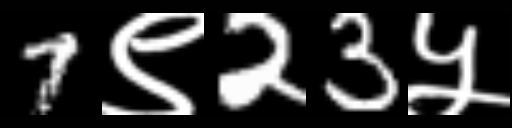
Text: 7९23५